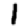
Digit: 1